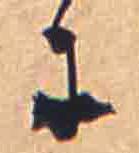
に